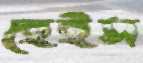
হেইস